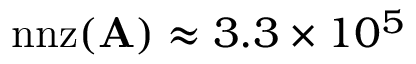
\mathrm { n n z } ( \mathbf { A } ) \approx 3 . 3 \times 1 0 ^ { 5 }